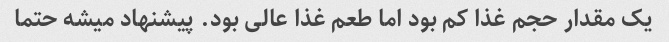
یک مقدار حجم غذا کم بود اما طعم غذا عالی بود. پیشنهاد میشه حتما